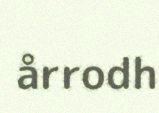
årrodh